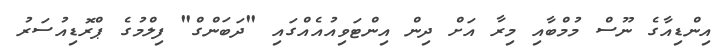
އިންޑިއާގެ ނޫސް މުމްބާއި މިރާ އަށް ދިން އިންޓަވިއުއެއްގައި "ދަބަންގް" ފިލްމުގެ ޕްރޮޑިއުސަރު